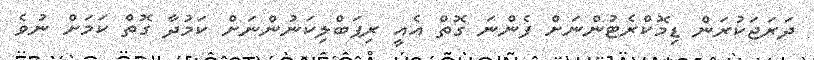
ދަރަޖަކުރަން ޑިމޮކްރެޓުންނަށް ފެންނަ ގޮތް އެއީ ރިޕަބްލިކަނުންނަށް ކަމުދާ ގޮތް ކަމަށް ނުވެ